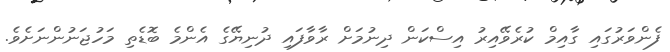
ފެންވަރުގައި ގާއިމް ކުރެވޭއިރު އިސްކަން ދިނުމަށް ރާވާފައި ދުނިޔޭގެ އެންމެ ބޮޑެތި މަހުޖަނުންނަށެވެ.